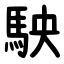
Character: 駚